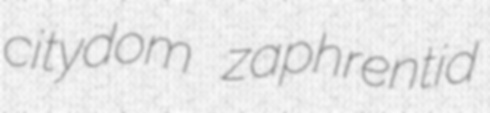
citydom zaphrentid